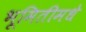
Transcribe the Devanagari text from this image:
भूमितीमधे